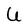
Character: U